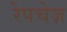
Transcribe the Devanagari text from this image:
रेपचेज़